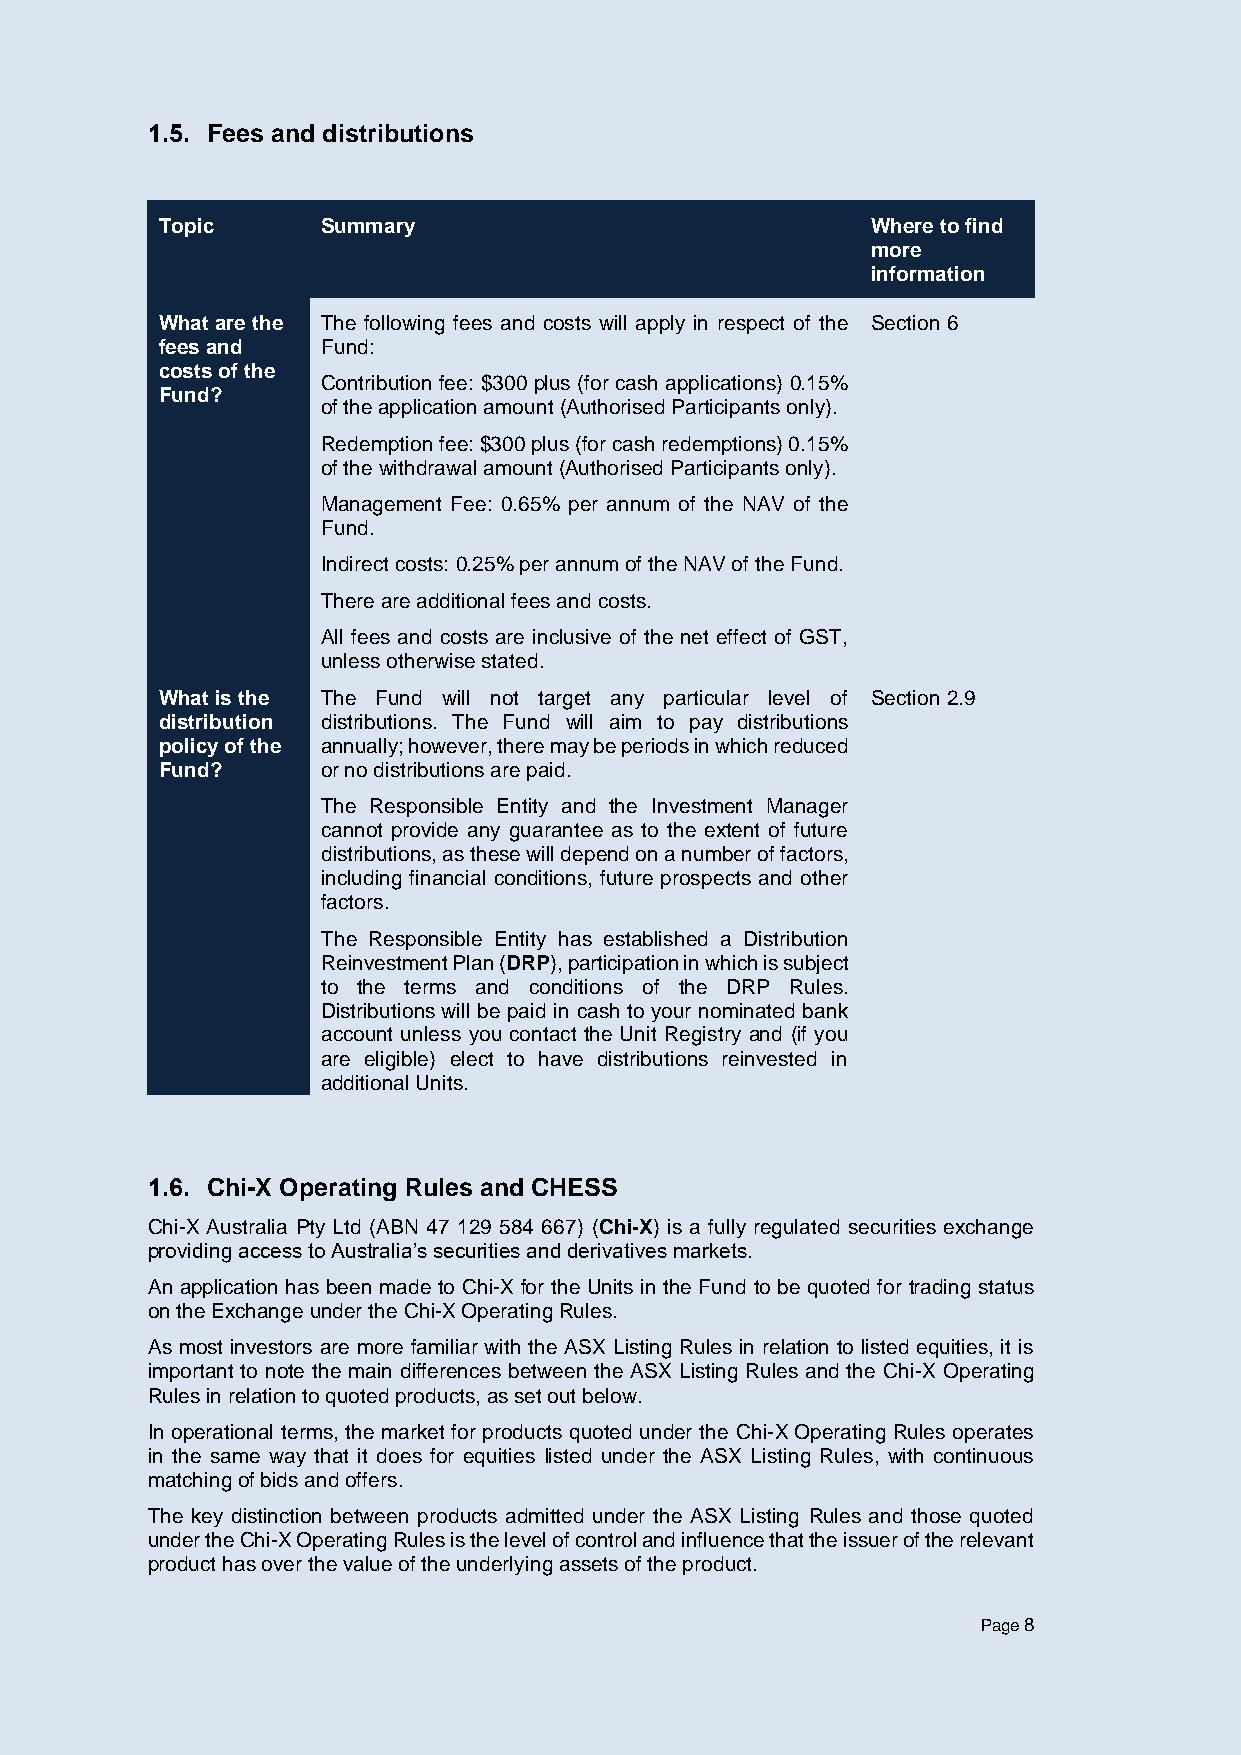
1.5. Fees and distributions
 Topic     Summary                              Where to find
 more
 information
 What are the The following fees and costs will apply in respect of the Section 6
 fees and  Fund:
 costs of the
 Contribution fee: $300 plus (for cash applications) 0.15%
 Fund?
 of the application amount (Authorised Participants only).
 Redemption fee: $300 plus (for cash redemptions) 0.15%
 of the withdrawal amount (Authorised Participants only).
 Management Fee: 0.65% per annum of the NAV of the
 Fund.
 Indirect costs: 0.25% per annum of the NAV of the Fund.
 There are additional fees and costs.
 All fees and costs are inclusive of the net effect of GST,
 unless otherwise stated.
 What is the The Fund will not target any particular level of Section 2.9
 distribution distributions. The Fund will aim to pay distributions
 policy of the annually; however, there may be periods in which reduced
 Fund?     or no distributions are paid.
 The Responsible Entity and the Investment Manager
 cannot provide any guarantee as to the extent of future
 distributions, as these will depend on a number of factors,
 including financial conditions, future prospects and other
 factors.
 The Responsible Entity has established a Distribution
 Reinvestment Plan (DRP), participation in which is subject
 to the terms and conditions of the DRP Rules.
 Distributions will be paid in cash to your nominated bank
 account unless you contact the Unit Registry and (if you
 are eligible) elect to have distributions reinvested in
 additional Units.
 1.6. Chi-X Operating Rules and CHESS
 Chi-X Australia Pty Ltd (ABN 47 129 584 667) (Chi-X) is a fully regulated securities exchange
 providing access to Australia’s securities and derivatives markets.
 An application has been made to Chi-X for the Units in the Fund to be quoted for trading status
 on the Exchange under the Chi-X Operating Rules.
 As most investors are more familiar with the ASX Listing Rules in relation to listed equities, it is
 important to note the main differences between the ASX Listing Rules and the Chi-X Operating
 Rules in relation to quoted products, as set out below.
 In operational terms, the market for products quoted under the Chi-X Operating Rules operates
 in the same way that it does for equities listed under the ASX Listing Rules, with continuous
 matching of bids and offers.
 The key distinction between products admitted under the ASX Listing Rules and those quoted
 under the Chi-X Operating Rules is the level of control and influence that the issuer of the relevant
 product has over the value of the underlying assets of the product.
 Page 8